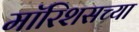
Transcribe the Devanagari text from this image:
मॉरिशसच्या